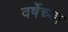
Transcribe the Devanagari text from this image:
वर्षेच्या